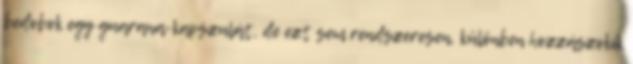
bedobok egy guarana-kapszulát, de ezt sem rendszeresen, különben hozzászokik